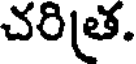
చరిత.